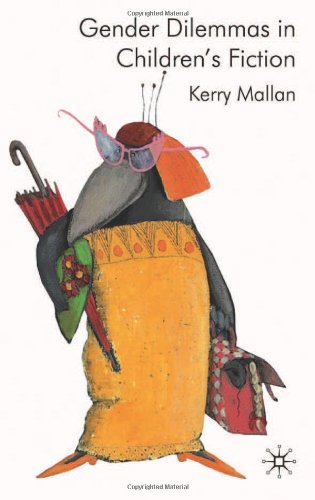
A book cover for Gender Dilemmas in Children's Fiction; Kerry Mallan; Gay & Lesbian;